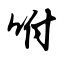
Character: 咐